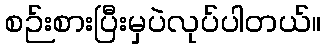
စဉ်းစားပြီးမှပဲလုပ်ပါတယ်။